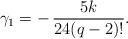
LaTeX: \begin{align*}\gamma_{1} = -\, \dfrac{5k}{24(q-2)!}.\end{align*}